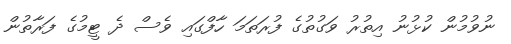
ނުވުމުން ކުޅުނު އިތުރު ވަގުތުގެ ފުރަތަމަ ހާފްގައި ވެސް ދެ ޓީމުގެ ފަރާތުން